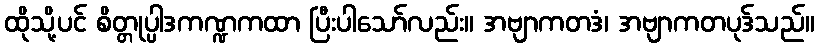
ထိုသို့ပင် စိတ္တုပ္ပါဒကဏ္ဍကထာ ပြီးပါသော်လည်း။ အဗျာကတဒံ၊ အဗျာကတပုဒ်သည်။